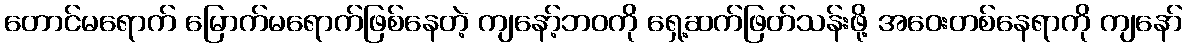
တောင်မရောက် မြောက်မရောက်ဖြစ်နေတဲ့ ကျနော့်ဘဝကို ရှေ့ဆက်ဖြတ်သန်းဖို့ အဝေးတစ်နေရာကို ကျနော်